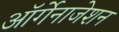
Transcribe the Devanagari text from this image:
ऑर्गेनाजेशन